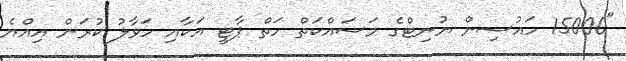
"15000 ހައުސިން ޔުނިޓްގެ މަސައްކަތް ހަތް ޕާޓީ އަކާއި ހަވާލު ކުރަން އިއްޔެ